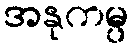
အနုကမ္ပ